Annual report on the working of the lock hospitals in the North-Western Provinces and Oudh
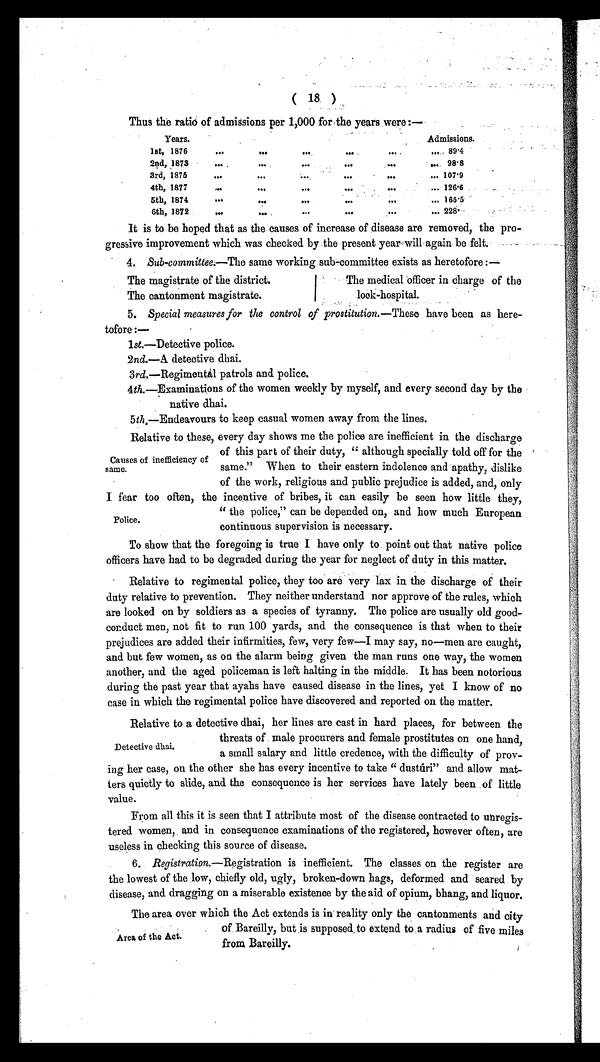
( 18 )
Thus the ratio of admissions per 1,000 for the years were:—
Years.
Admissions.
lst, 1876
. . .
...
. . .
. . .
...
. . . 8 9 · 4
2nd, 1873
. . . ...
...
...
...
... 98·8
3rd, 1875
...
...
...
. . .
. . .
... 107·9
4th, 1877
. . .
. . .
. . .
. . .
...
... 126·6
5th, 1874
...
...
. . .
. . .
. . .
...
165·5
6th, 1872
...
. . .
. . .
. . .
. . .
... 228·
It is to be hoped that as the causes of increase of disease are removed, the pro-
gressive improvement which was checked by the present year will again be felt.
4. Sub-committee.—The same working sub-committee exists as heretofore :—
The magistrate of the district.
The cantonment magistrate.
The medical officer in charge of the
lock-hospital.
5. Special measures for the control of prostitution. —These have been as here-
tofore:—
1st.—Detective police.
2nd.—A detective dhai.
3rd.—Regimentál patrols and police.
4th .—Examinations of the women weekly by myself, and every second day by the
native dhai.
5th.—Endeavours to keep casual women away from the lines.
Relative to these, every day shows me the police are inefficient in the discharge
of this part of their duty, " although specially told off for the
same." When to their eastern indolence and apathy, dislike
of the work, religious and public prejudice is added, and, only
I fear too often, the incentive of bribes, it can easily be seen how little they,
" the police," can be depended on, and how much European
continuous supervision is necessary.
To show that the foregoing is true I have only to point out that native police
officers have had to be degraded during the year for neglect of duty in this matter.
Relative to regimental police, they too are very lax in the discharge of their
duty relative to prevention. They neither understand nor approve of the rules, which
are looked on by soldiers as a species of tyranny. The police are usually old good-
conduct men, not fit to run 100 yards, and the consequence is that when to their
prejudices are added their infirmities, few, very few—I may say, no—men are caught,
and but few women, as on the alarm being given the man runs one way, the women
another, and the aged policeman is left halting in the middle. It has been notorious
during the past year that ayahs have caused disease in the lines, yet I know of no
case in which the regimental police have discovered and reported on the matter.
Relative to a detective dhai, her lines are cast in hard places, for between the
threats of male procurers and female prostitutes on one hand,
a small salary and little credence, with the difficulty of prov-
ing her case, on the other she has every incentive to take " dustúri" and allow mat-
ters quietly to slide, and the consequence is her services have lately been of little
value.
From all this it is seen that I attribute most of the disease contracted to unregis-
tered women, and in consequence examinations of the registered, however often, are
useless in checking this source of disease.
6. Registration. —Registration is inefficient. The classes on the register are
the lowest of the low, chiefly old, ugly, broken-down hags, deformed and seared by
disease, and dragging on a miserable existence by the aid of opium, bhang, and liquor.
A r e a o f t h e A c t .
T h e a r e a o v e r w h i c h t h e A c t e x t e n d s i s i n r e a l i t y o n l y t h e c a n t o n m e n t s a n d c i t y o f B a r e i l l y , b u t i s s u p p o s e d t o e x t e n d t o a r a d i u s o f f i v e m i l e s f r o m B a r e i l l y .
Causes of inefficiency of
same.
Police.
Detective dhai.
Area of the Act.
The area over wnicn the Act extends is in reality only the cantonments and city
of. Bareilly, but is supposed, to extend to, a radius of five miles
from Bareilly.